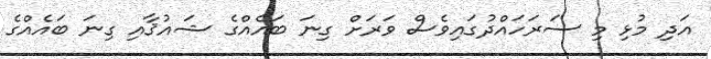
އަދި މުޅި މި ސަރަހައްދުގައިވެސް ވަރަށް ގިނަ ބައެއްގެ ޝައުޤާއި ގިނަ ބައެއްގެ